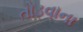
તોડવાના